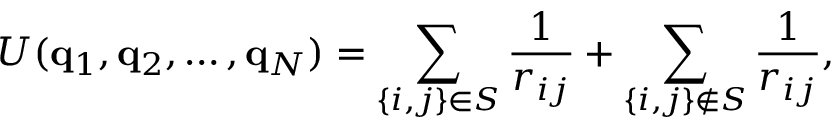
U ( \mathbf { q } _ { 1 } , \mathbf { q } _ { 2 } , \dots , \mathbf { q } _ { N } ) = \sum _ { \{ i , j \} \in { \cal S } } \frac { 1 } { r _ { i j } } + \sum _ { \{ i , j \} \not \in { \cal S } } \frac { 1 } { r _ { i j } } ,